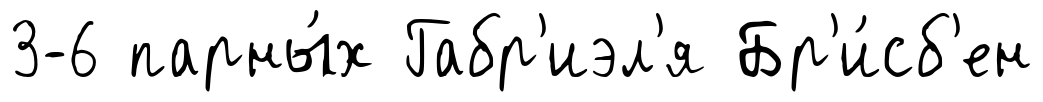
3-6 парны́х Габр'иэл'я Бр'и́сб'ен